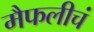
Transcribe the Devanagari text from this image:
मैफलीचं